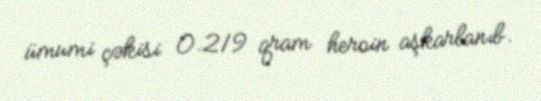
ümumi çəkisi 0.219 qram heroin aşkarlanıb.